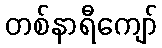
တစ်နာရီကျော်